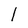
Character: 1